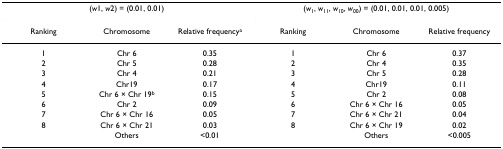
<table><thead><tr><td colspan="3"><b>(<i>w</i>1, <i>w</i>2) = (0.01, 0.01)</b></td><td colspan="3"><b>(<i>w</i><sub>1</sub>, <i>w</i><sub>11</sub>, <i>w</i><sub>10</sub>, <i>w</i><sub>00</sub>) = (0.01, 0.01, 0.01, 0.005)</b></td></tr><tr><td><b>Ranking</b></td><td><b>Chromosome</b></td><td><b>Relative frequency<sup>a</sup></b></td><td><b>Ranking</b></td><td><b>Chromosome</b></td><td><b>Relative frequency</b></td></tr></thead><tbody><tr><td>1</td><td>Chr 6</td><td>0.35</td><td>1</td><td>Chr 6</td><td>0.37</td></tr><tr><td>2</td><td>Chr 5</td><td>0.28</td><td>2</td><td>Chr 4</td><td>0.35</td></tr><tr><td>3</td><td>Chr 4</td><td>0.21</td><td>3</td><td>Chr 5</td><td>0.28</td></tr><tr><td>4</td><td>Chr19</td><td>0.17</td><td>4</td><td>Chr19</td><td>0.11</td></tr><tr><td>5</td><td>Chr 6 × Chr 19<sup>b</sup></td><td>0.15</td><td>5</td><td>Chr 2</td><td>0.08</td></tr><tr><td>6</td><td>Chr 2</td><td>0.09</td><td>6</td><td>Chr 6 × Chr 16</td><td>0.05</td></tr><tr><td>7</td><td>Chr 6 × Chr 16</td><td>0.05</td><td>7</td><td>Chr 6 × Chr 21</td><td>0.04</td></tr><tr><td>8</td><td>Chr 6 × Chr 21</td><td>0.03</td><td>8</td><td>Chr 6 × Chr 19</td><td>0.02</td></tr><tr><td></td><td>Others</td><td>&lt;0.01</td><td></td><td>Others</td><td>&lt;0.005</td></tr></tbody></table>